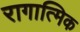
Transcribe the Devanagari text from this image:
रागात्मिक